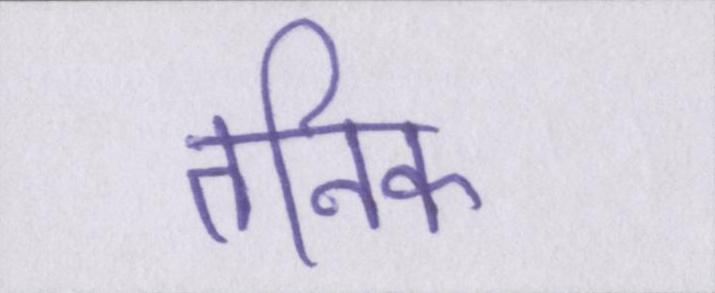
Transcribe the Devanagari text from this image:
तनिक